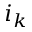
i _ { k }